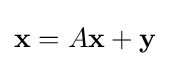
\mathbf {x} =A\mathbf {x} +\mathbf {y}